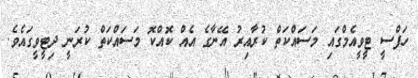
ހަފްސީ ޓީވީއެމްގައި މަސައްކަތް ކުރާއިރު އޭނާގެ އެއް ކޮއްކޮ މަސައްކަތް ކުރަނީ ދިޓީވީގައެވެ.